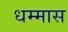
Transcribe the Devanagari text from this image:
धम्मास